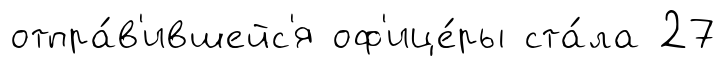
отпра́в'ившейс'я оф'ице́ры ста́ла 27